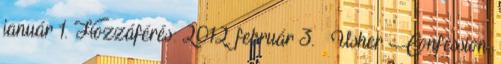
január 1. Hozzáférés: 2012. február 3. ↑ Usher Confession,